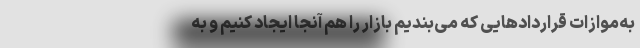
به‌موازات قراردادهایی که می‌بندیم بازار را هم آنجا ایجاد کنیم و به